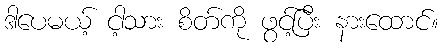
ဒါပေမယ့် ငါ့သား စိတ်ကို ဖွင့်ပြီး နားထောင်။